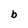
Character: b